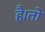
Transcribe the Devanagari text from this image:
है।तो